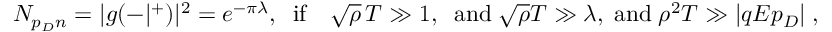
N _ { p _ { D } n } = | g ( - | ^ { + } ) | ^ { 2 } = e ^ { - \pi \lambda } , \; \; \mathrm { i f } \quad \sqrt { \rho } \, T \gg 1 , \; \; \mathrm { a n d } \; \sqrt { \rho } T \gg \lambda , \; \mathrm { a n d } \; \rho ^ { 2 } T \gg | q E p _ { D } | \; ,